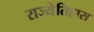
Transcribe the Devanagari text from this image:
राज्येतिहास